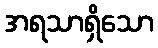
အရသာရှိသော